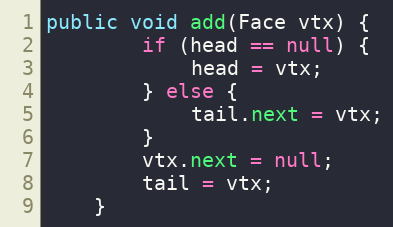
Language: Java
public void add(Face vtx) {
        if (head == null) {
            head = vtx;
        } else {
            tail.next = vtx;
        }
        vtx.next = null;
        tail = vtx;
    }